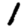
Digit: 1